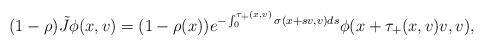
LaTeX: \begin{align*}(1-\rho)\tilde J\phi(x,v)=(1-\rho(x))e^{-\int_0^{\tau_+(x,v)}\sigma(x+ sv,v)ds}\phi(x+\tau_+(x,v)v,v),\end{align*}